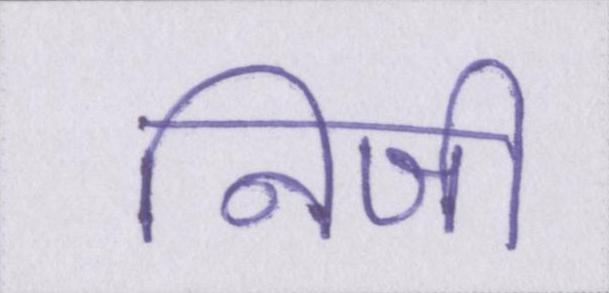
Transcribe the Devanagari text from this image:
निजी